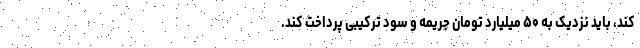
کند، باید نزدیک به ۵۰ میلیارد تومان جریمه و سود ترکیبی پرداخت کند.